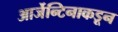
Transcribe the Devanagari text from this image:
आर्जेन्टिनाकडून